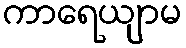
ကာရေယျာမ